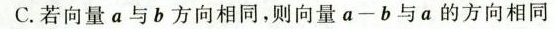
C.若向量a与b方向相同，则向量a-b与a的方向相同